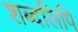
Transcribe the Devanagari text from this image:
शब्दलिपि